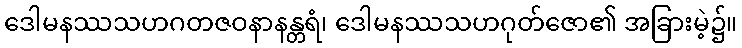
ဒေါမနဿသဟဂတဇဝနာနန္တရံ၊ ဒေါမနဿသဟဂုတ်ဇော၏ အခြားမဲ့၌။